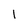
Character: 1